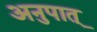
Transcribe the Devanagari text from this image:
अनुपात्